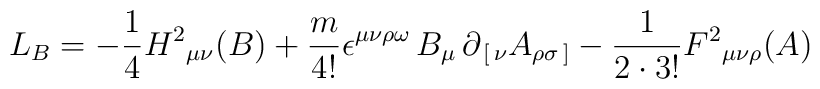
L_B=-{1\over 4} H^2{}_ { \mu\nu } (B)  + {m\over 4!} \epsilon^{\mu\nu\rho\omega}\, B_\mu\,\partial_{\,[\,\nu}A_{\rho\sigma\,]}-{1\over 2\cdot  3!}F^2{}_{\mu\nu\rho}(A)